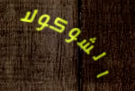
الشوكولا